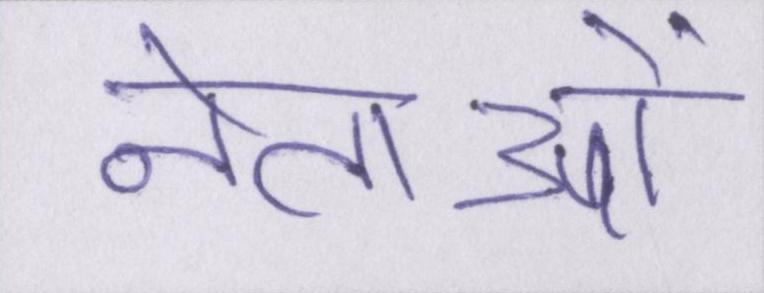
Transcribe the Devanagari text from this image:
नेताओं